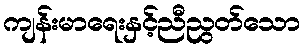
ကျန်းမာရေးနှင့်ညီညွတ်သော